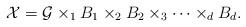
LaTeX: \begin{align*} \mathcal{X}=\mathcal G\times_1 B_1\times_2 B_2\times_3\dots \times_dB_d.\end{align*}